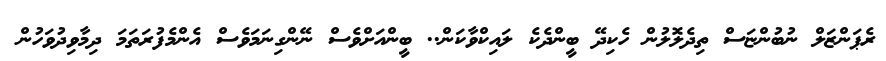
ރެޕަންޒަލް ނުބުންޏަސް ތިދެލޮލުން ހެކިދޭ ބީންދެކެ ލައިކްވާކަން.. ބީންއަށްވެސް ނޭންގިނަމަވެސް އެންމެފުރަތަމަ ދިމާވިދުވަހުން